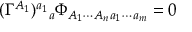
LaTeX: ( \Gamma ^ { A _ { 1 } } ) ^ { a _ { 1 } } { } _ { a } \Phi _ { A _ { 1 } \cdots A _ { n } a _ { 1 } \cdots a _ { m } } = 0